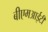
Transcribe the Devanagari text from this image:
बीएमआईटी